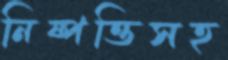
নিষ্পত্তিসহ